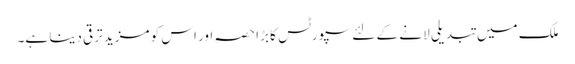
ملک میں تبدیلی لا نے کے لئے سپورٹس کا بڑا حصہ اور اس کو مزید ترقی دینا ہے۔